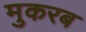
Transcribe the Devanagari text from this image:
मुकरब